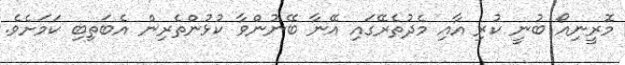
މޮރީނިއޯ ބުނީ ކުރި އާއި މެދުތެރޭގައި އޭނާ ބޭނުންވާ ކުޅުންތެރިން އެބަތިބި ކަމަށެވެ.